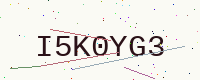
Text: I5K0YG3